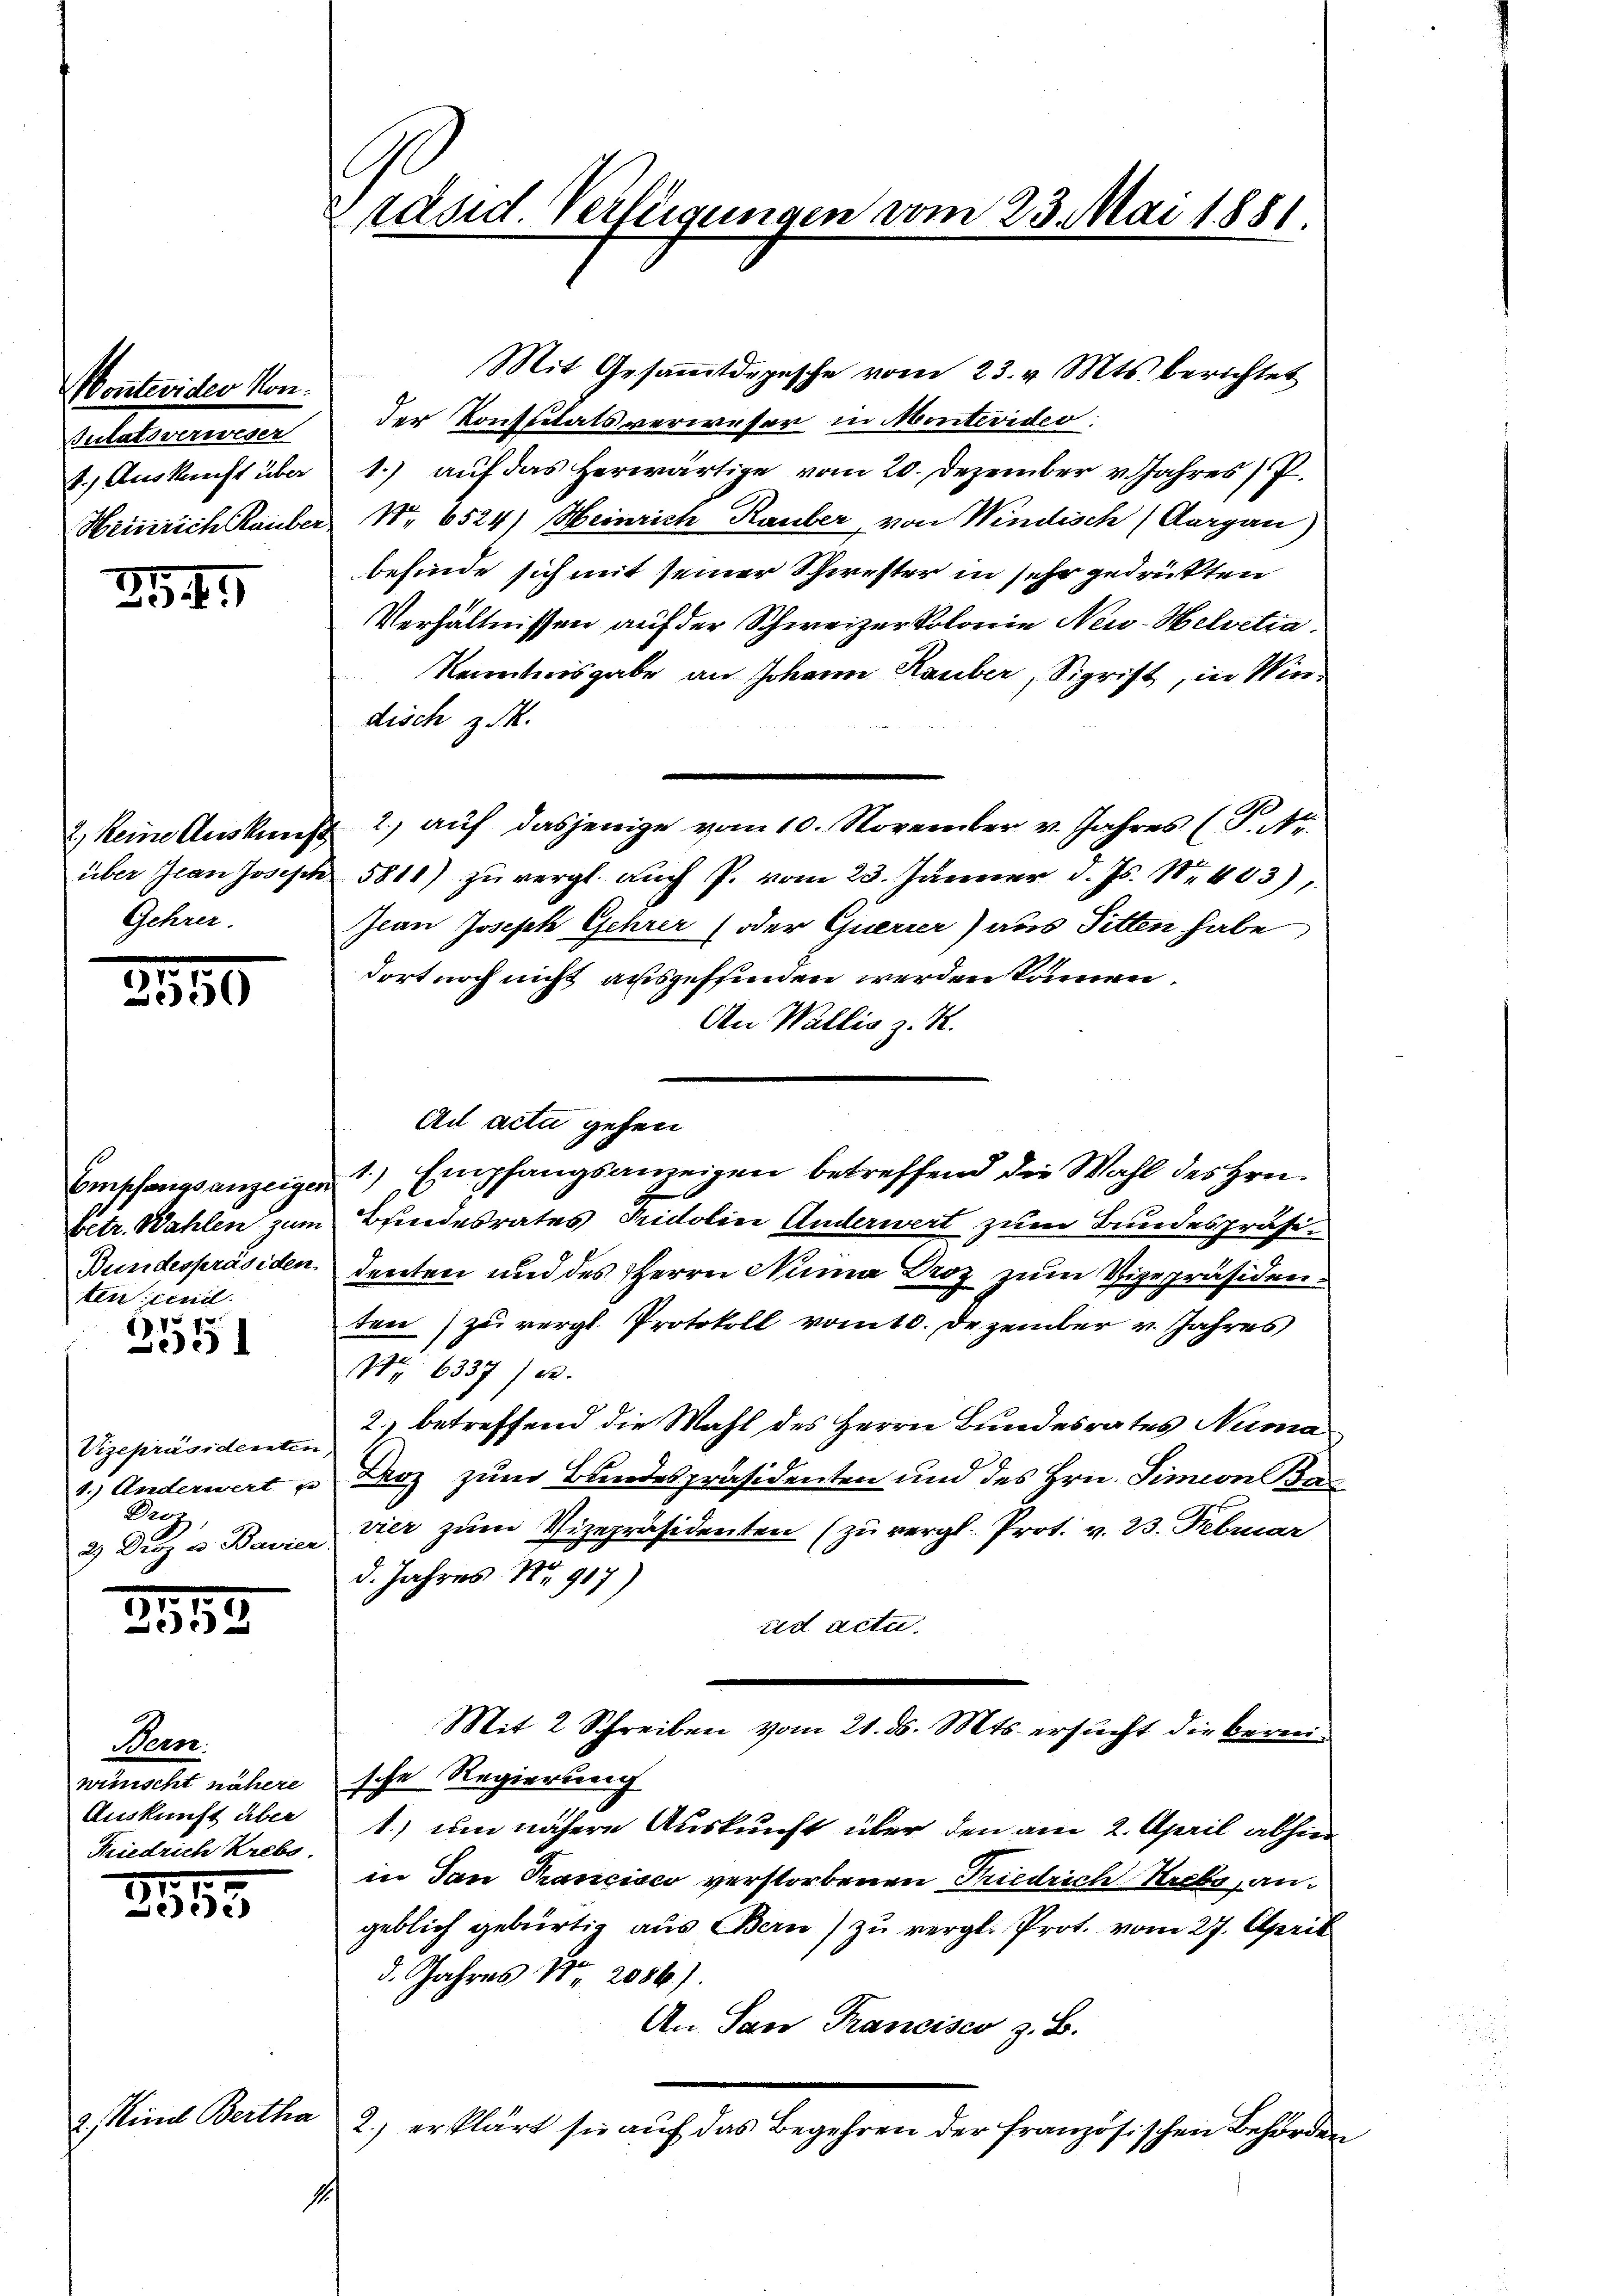
Montevider Kon¬
Sulatsverweser

334.

Gehrer.

3550

ten: Einil
69. 1572

e2)

Vizepräsidente
1.) Anderwert
Drot
3 Dez. v. Bavie

2315.

Wein
wünscht nähere
Auskunft über
Friedrich Krebs.

.
Zede

2. Kind Berthe

1

Mit Gesaṁtdepesche vom 23. v. Mts. berichtet
der Konstitats verweser in Monteviden:
1.) Auskunft über 1.) auf das herwärtige vom 20. Dezember v. Jahres P
Heinrich Rauber Nr. 6524) Meinrich Rauber, von Windisch (Aargau)
befinde sich mit seiner Schwester in sehr gedrükten
Verhältnissen auf der Schweizerkolonie Neu-Helvetia.
Kenntnisgabe an Johann Rauber, Sigrist, in Windisch z. R.
2) Reine Auskunft 2. aŭf dasjenige vom 10. November v. Jahres (P. Nr.
über Jean Joseph 5811) zu vergl. auch P. vom 23. Jänner d. Js. Nr. 403),
Jean Joseph Gehrer (oder Querrer) aus Sitten habe
dort noch nicht ausgeffinden werden können.
An Wallis z. R.
Ad acta gehen
Empfangsanzeigen 1) Empfangsanzeigen betreffend die Wahl des Hrn.
betr. Wahlen zum Bundesrates Pridoline Anderwert zum Bundespräsi¬
Bundespräsiden, denten und des Herrn Numa Droz zum Vizepräsidenden) zu vergl. Protokoll vom 10. Dezember v. Jahres
Nr. 6337/23.
2.) betreffend die Wahl des Herrn Bundesrates Numa
d
Droz zum Bundespräsidenten und des Hrn. Simeon Ba
e
vier zum Vizepräsidenten (zu vergl. Prot. v. 23. Februar
f
d. Jahres No 917)
id acta.
Mit 2 Schreiben vom 21. ds. Mts. ersucht die bereische Regierung
1.) um nähere Auskunft über den am 2. April abhier
in San Francisco verstorbenen Friedrich Krebs angeblich gebürtig aus Bern) zu vergl. Prot. vom 27. April
d. Jahres Nr. 2086).
An San Francisco z. B.
2
2.) erklärt sie auf das Begehren der französischen Behörden

Präsid. Verfügungen vom 23. Mai 1851.